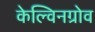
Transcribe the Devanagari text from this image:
केल्विनग्रोव